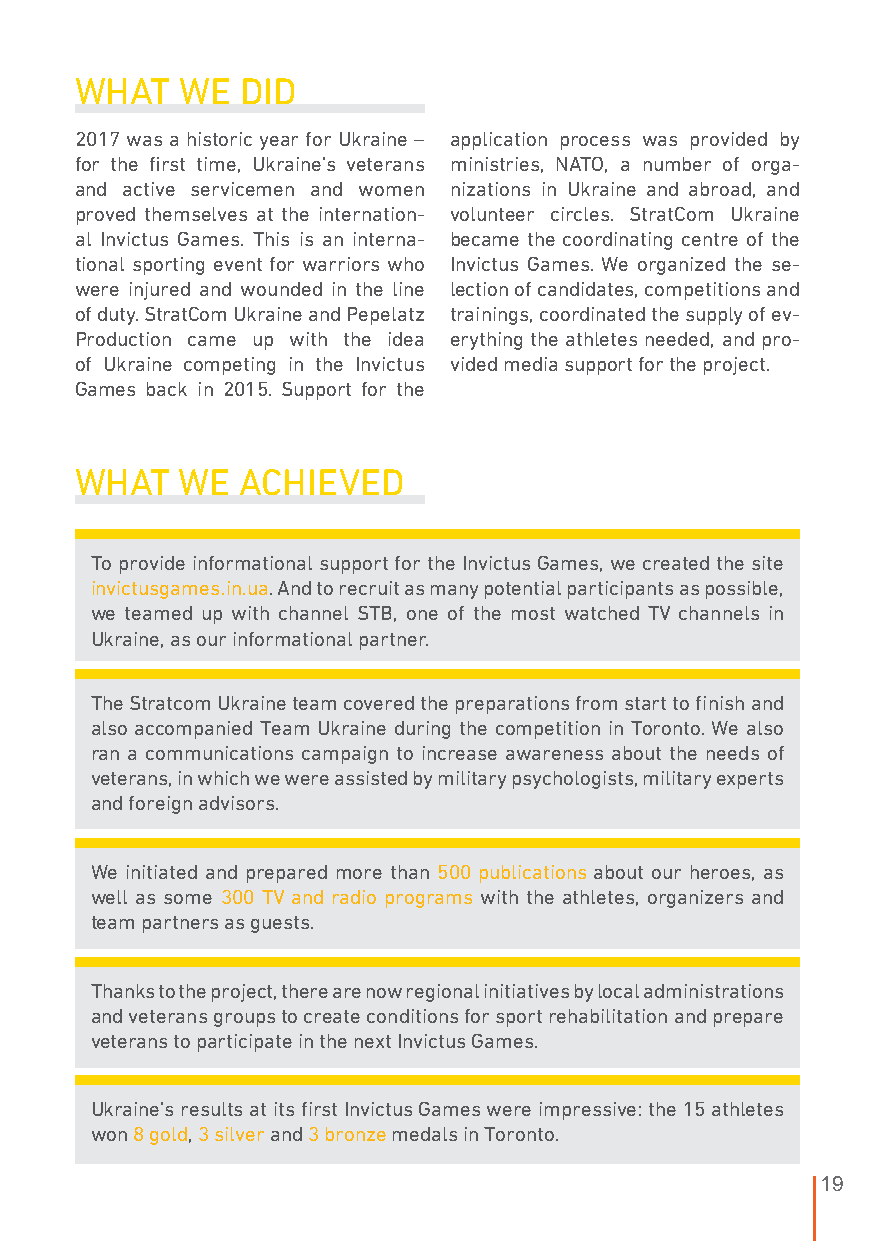
WHAT   WE  DID
 2017 was a historic year for Ukraine – application process was provided by
 for the first time, Ukraine’s veterans ministries, NATO, a number of orga-
 and active servicemen and women nizations in Ukraine and abroad, and
 proved themselves at the internation- volunteer circles. StratCom Ukraine
 al Invictus Games. This is an interna- became the coordinating centre of the
 tional sporting event for warriors who Invictus Games. We organized the se-
 were injured and wounded in the line lection of candidates, competitions and
 of duty. StratCom Ukraine and Pepelatz trainings, coordinated the supply of ev-
 Production came up with the idea erything the athletes needed, and pro-
 of Ukraine competing in the Invictus vided media support for the project.
 Games back in 2015. Support for the
 WHAT   WE  ACHIEVED
 To provide informational support for the Invictus Games, we created the site
 invictusgames.in.ua. And to recruit as many potential participants as possible,
 we teamed up with channel STB, one of the most watched TV channels in
 Ukraine, as our informational partner.
 The Stratcom Ukraine team covered the preparations from start to finish and
 also accompanied Team Ukraine during the competition in Toronto. We also
 ran a communications campaign to increase awareness about the needs of
 veterans, in which we were assisted by military psychologists, military experts
 and foreign advisors.
 We initiated and prepared more than 500 publications about our heroes, as
 well as some 300 TV and radio programs with the athletes, organizers and
 team partners as guests.
 Thanks to the project, there are now regional initiatives by local administrations
 and veterans groups to create conditions for sport rehabilitation and prepare
 veterans to participate in the next Invictus Games.
 Ukraine’s results at its first Invictus Games were impressive: the 15 athletes
 won 8 gold, 3 silver and 3 bronze medals in Toronto.
 19